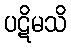
ပဋိမသိ